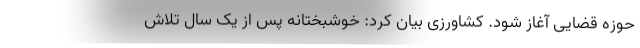
حوزه قضایی آغاز شود. کشاورزی بیان کرد: خوشبختانه پس از یک سال تلاش